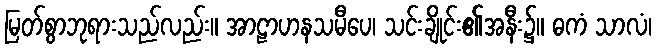
မြတ်စွာဘုရားသည်လည်း။ အာဠာဟနသမီပေ၊ သင်းချိုင်း၏အနီး၌။ ဓကံ သာလံ၊